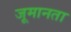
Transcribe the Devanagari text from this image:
जूमानता